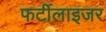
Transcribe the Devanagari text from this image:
फर्टीलाइजर